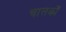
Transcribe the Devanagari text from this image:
चालकोँ